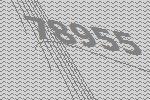
78955